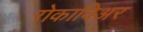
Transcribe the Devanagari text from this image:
रोकाविअर